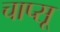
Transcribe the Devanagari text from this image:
चाप्सू